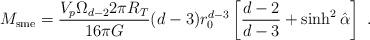
LaTeX: \begin{align*}M_{\rm sme} = \frac{V_p \Omega_{d-2} 2\pi R_T}{16 \pi G}(d-3) r_0^{d-3} \left[ \frac{d-2}{d-3} + \sinh^2 \hat{\alpha} \right] \ .\end{align*}